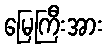
မြေကြီးအား